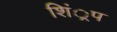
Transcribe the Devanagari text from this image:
शिं्रप